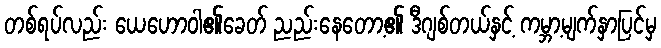
တစ်ရပ်လည်း ယေဟောဝါ၏ခေတ် ညည်းနေတော့၏ ဒီဂျစ်တယ်နှင့် ကမ္ဘာ့မျက်နှာပြင်မှ